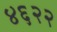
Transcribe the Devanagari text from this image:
४६२२